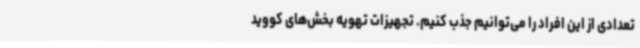
تعدادی از این افراد را می‌توانیم جذب کنیم. تجهیزات تهویه بخش‌های کووید